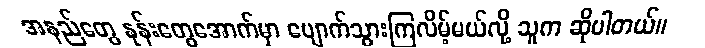
အနည်တွေ နုန်းတွေအောက်မှာ ပျောက်သွားကြလိမ့်မယ်လို့ သူက ဆိုပါတယ်။